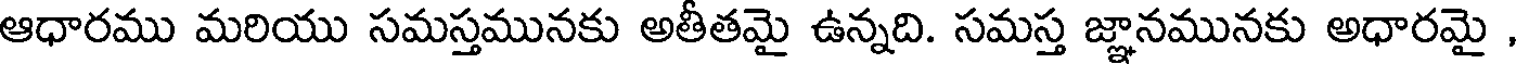
ఆధారము మరియు సమస్తమునకు అతీతమై ఉన్నది. సమస్త జ్ఞానమునకు అధారమై ,